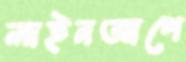
লাইনআপে